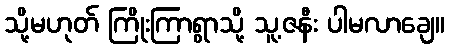
သို့မဟုတ် ကြိုးကြာရွာသို့ သူ့ဇနီး ပါမလာချေ။